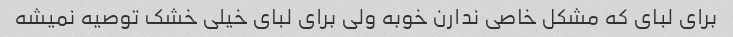
برای لبای که مشکل خاصی ندارن خوبه ولی برای لبای خیلی خشک توصیه نمیشه